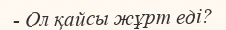
- Ол қайсы жұрт еді?